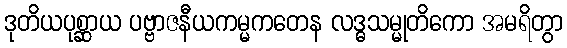
ဒုတိယပုစ္ဆာယ ပဗ္ဗာဇနီယကမ္မကတေန လဒ္ဓသမ္မုတိကော အမရိတွာ